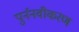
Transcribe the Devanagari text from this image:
पुर्ननवीकरण